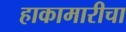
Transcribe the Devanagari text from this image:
हाकामारीचा